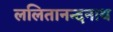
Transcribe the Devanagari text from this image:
ललितानन्दनाथ